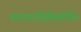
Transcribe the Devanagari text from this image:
षडङगादिविवर्जितः